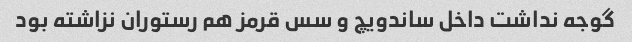
گوجه نداشت داخل ساندویچ و سس قرمز هم رستوران نزاشته بود